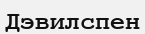
Дэвилспен